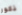
ذكور